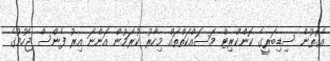
އެގޮތުން ސިޑިބަރީގެ ކޮންކްރިޓް މަސައްކަތްތައް މިހާރު ކުރަމުން އަންނަ އިރު ފެންސް ޖެހުމުގެ